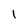
Character: 1